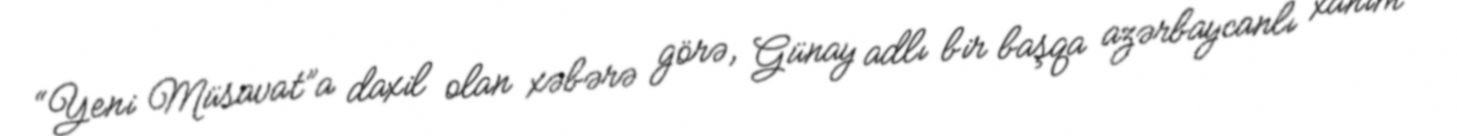
“Yeni Müsavat”a daxil olan xəbərə görə, Günay adlı bir başqa azərbaycanlı xanım